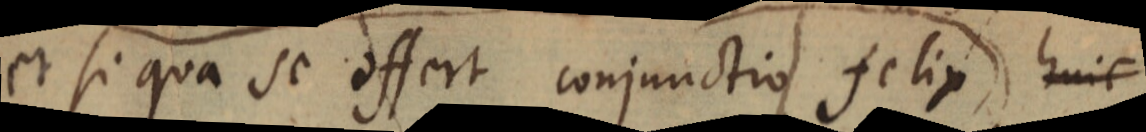
et si qua se offert conjunctio felix hinc